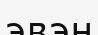
эвэн